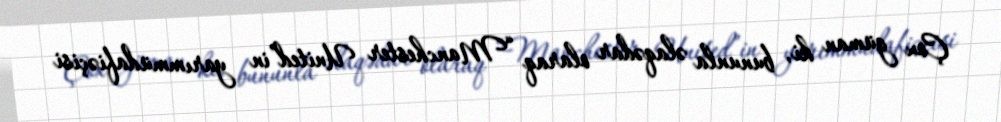
Çox güman ki, bununla əlaqədar olaraq “Manchester United”in yarımmüdafiəçisi